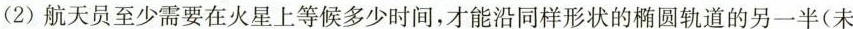
(2)航天员至少需要在火星上等候多少时间，才能沿同样形状的椭圆轨道的另一半(未